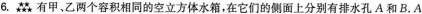
6.有甲、乙两个容积相同的空立方体水箱，在它们的侧面上分别有排水孔A和B.A